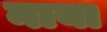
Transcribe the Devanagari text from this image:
नाया